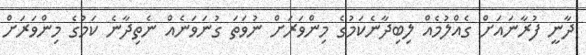
ދާނީ ފުރާނައަށް ގެއްލުމެއް ލިބިދާނެކަމުގެ މިންވަރަށް ނުވަތަ ގުނަވަނެއް ނެތިދާނެ ކަމުގެ މިންވަރަށް